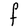
Character: F